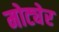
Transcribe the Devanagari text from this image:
मोट्येर